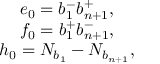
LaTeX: \begin{array} { c } { { e _ { 0 } = b _ { 1 } ^ { - } b _ { n + 1 } ^ { + } , ~ ~ ~ } } \\ { { f _ { 0 } = b _ { 1 } ^ { + } b _ { n + 1 } ^ { - } , ~ ~ ~ } } \\ { { h _ { 0 } = N _ { b _ { 1 } } - N _ { b _ { n + 1 } } , ~ ~ ~ } } \end{array}